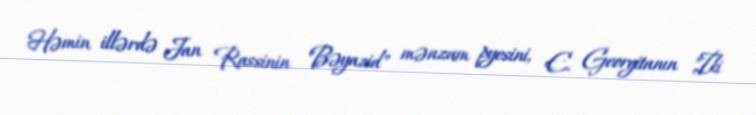
Həmin illərdə Jan Rassinin "Bəyazid" mənzum pyesini, E. Georgitanın "İki